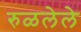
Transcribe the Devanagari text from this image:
रुळलेले